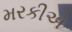
મરકીએ